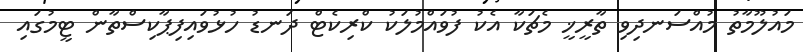
މައުލޫމާތު މުއްސަނދިވި ތާރީޚީ މެޗަކާ އެކު ފުވައްމުލަކު ކްރިކެޓް ދަނޑު ހުޅުވައިފިޕާކިސްތާން ޓީމުގައި